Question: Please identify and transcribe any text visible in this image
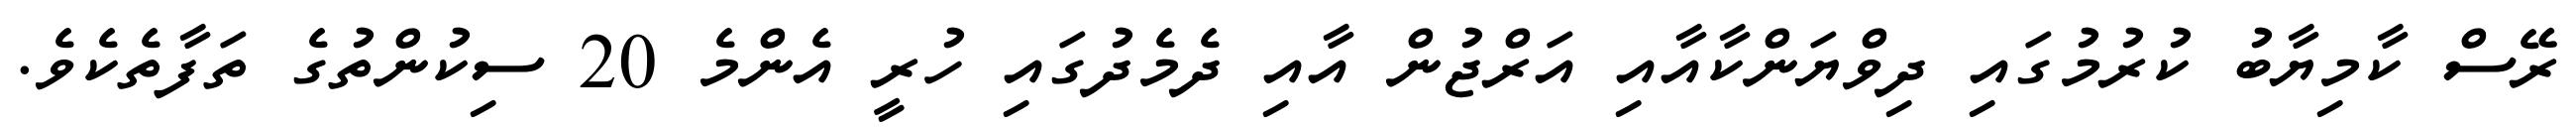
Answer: ރޭސް ކާމިޔާބު ކުރުމުގައި ދިވްޔަންކާއާއި އަރްޖުން އާއި ދެމެދުގައި ހުރީ އެންމެ 20 ސިކުންތުގެ ތަފާތެކެވެ.